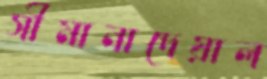
সীমানাদেয়াল